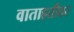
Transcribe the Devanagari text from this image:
वाताहतीवर